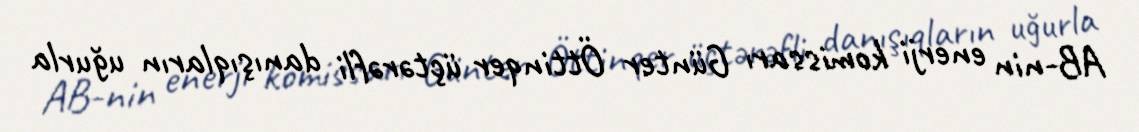
AB-nin enerji komissarı Günter Öttinqer üçtərəfli danışıqların uğurla